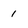
Character: 1